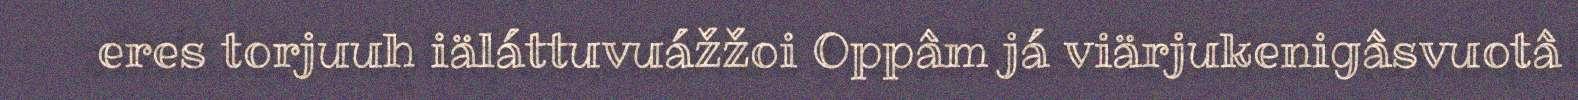
eres torjuuh iäláttuvuážžoi Oppâm já viärjukenigâsvuotâ